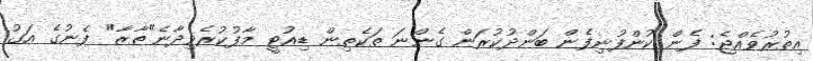
އިތުރުވެއްޖެ: ފެން ކުންފުނިފެން ބަންދުކުރަން ގެންނަ ތަކެތިން ޑިއުޓީ މާފުކުރެވިދާނެ"ތާޒާ" ފެނުގެ އަގު